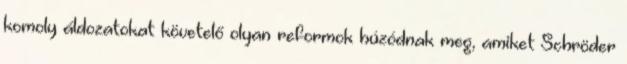
komoly áldozatokat követelő olyan reformok húzódnak meg, amiket Schröder